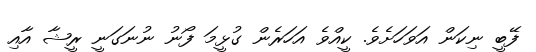
ފޭބީ ނިކަން އަވަހަށެވެ. ކީއްވެ އަހަރެން ގުޅީމަ ފޯނު ނުނަގަނީ ރީޝާ އާއި